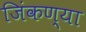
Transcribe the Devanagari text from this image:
जिंकण्या